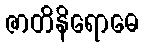
ဇာတိနိရောဓေ